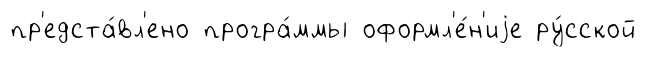
пр'едста́вл'ено програ́ммы оформл'е́н'иjе ру́сской